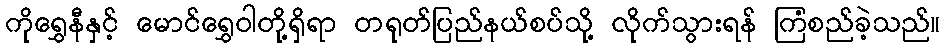
ကိုရွှေနီနှင့် မောင်ရွှေဝါတို့ရှိရာ တရုတ်ပြည်နယ်စပ်သို့ လိုက်သွားရန် ကြံစည်ခဲ့သည်။